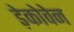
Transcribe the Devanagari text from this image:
ड़ेकोवेन